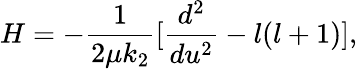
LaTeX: H=-\frac{1}{2\mu k_{2}}[\frac{d^{2}}{du^{2}}-l(l+1)],